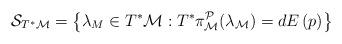
LaTeX: \begin{align*}\mathcal{S}_{T^{\ast }\mathcal{M}}=\left\{ \lambda _{M}\in T^{\ast }\mathcal{M}:T^{\ast }\pi _{\mathcal{M}}^{\mathcal{P}}(\lambda _{\mathcal{M}})=dE\left( p\right) \right\} \end{align*}